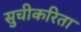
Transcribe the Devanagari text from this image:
सुचीकरिता